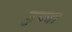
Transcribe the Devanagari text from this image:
डुब्वा